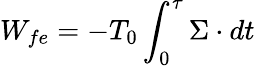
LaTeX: W_{fe}=-T_{0}\int_{0}^{\tau}\Sigma\cdot dt